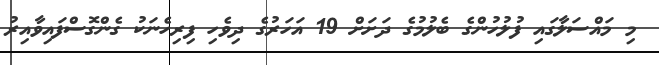
މި މައްސަލާގައި ފުލުހުންގެ ބެލުމުގެ ދަށަށް 19 އަހަރުގެ ދިވެހި ފިރިހެނަކު ގެންގޮސްފައިވާއިރު